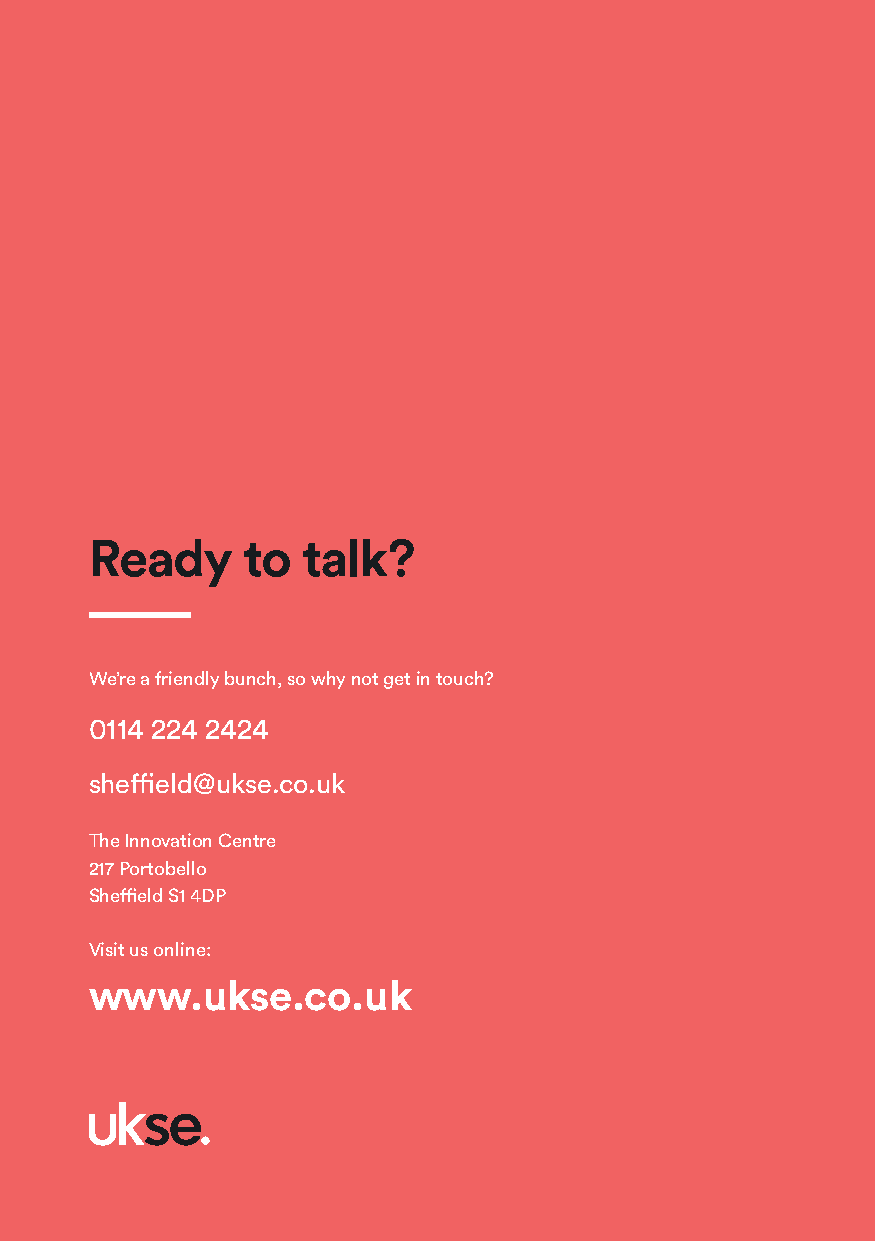
Ready     to  talk?
 We’re a friendly bunch, so why not get in touch?
 0114 224 2424
 sheffield@ukse.co.uk
 The Innovation Centre
 217 Portobello
 Sheffield S1 4DP
 Visit us online:
 www.ukse.co.uk